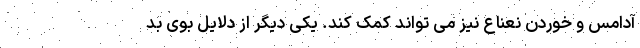
آدامس و خوردن نعناع نیز می تواند کمک کند. یکی دیگر از دلایل بوی بد